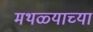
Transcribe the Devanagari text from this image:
मथळ्याच्या